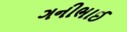
ગનીભાઈ